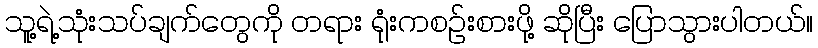
သူ့ရဲ့သုံးသပ်ချက်တွေကို တရား ရုံးကစဉ်းစားဖို့ ဆိုပြီး ပြောသွားပါတယ်။